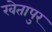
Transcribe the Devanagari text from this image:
खेतापुर